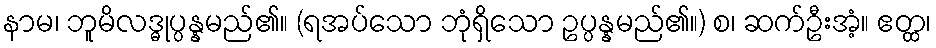
နာမ၊ ဘူမိလဒ္ဓုပ္ပန္နမည်၏။ (ရအပ်သော ဘုံရှိသော ဥပ္ပန္နမည်၏။) စ၊ ဆက်ဦးအံ့။ ဧတ္ထ၊